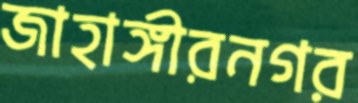
জাহাঙ্গীরনগর